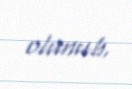
olunub.